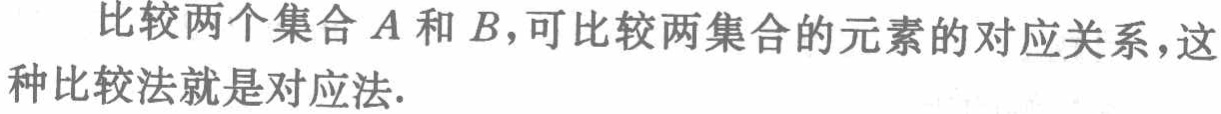
比较两个集合\(A\)和\(B\)，可比较两集合的元素的对应关系，这种比较法就是对应法.